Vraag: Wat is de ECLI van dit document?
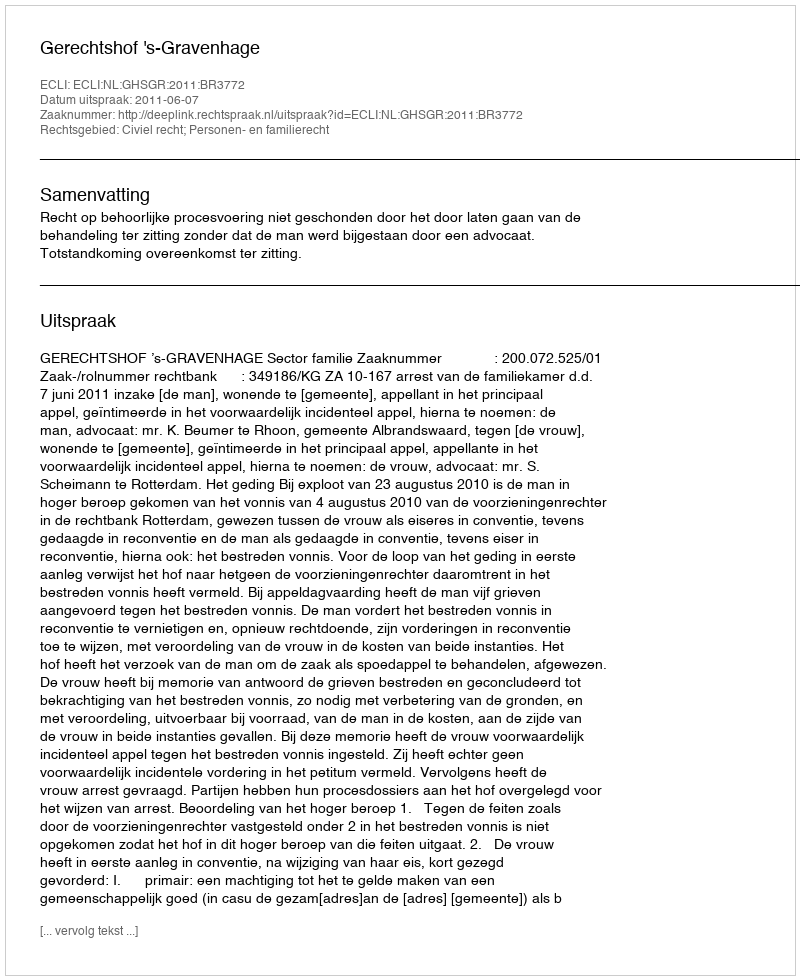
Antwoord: ECLI:NL:GHSGR:2011:BR3772